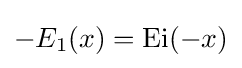
-E_{1}(x)=\operatorname {Ei} (-x)